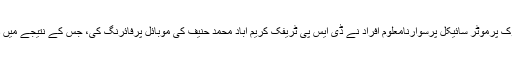
ایکسپریس نیوزکے مطابق کراچی کے علاقے عزیز آباد کے قریب مکا چوک پرموٹر سائیکل پرسوارنامعلوم افراد نے ڈی ایس پی ٹریفک کریم آباد محمد حنیف کی موبائل پرفائرنگ کی، جس کے نتیجے میں ڈی ایس پی ٹریفک موقع پرہی جاں بحق جب کہ ڈرائیورسلطان زخمی ہوگیا۔